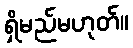
ရှိမည်မဟုတ်။